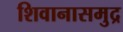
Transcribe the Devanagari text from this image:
शिवानासमुद्र